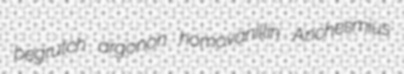
begrutch argonon homovanillin Anchesmius